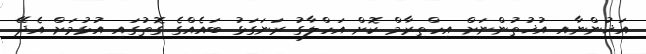
އަޚުންނާއި އުޚުތުންނަށް އިހްތިރާމް ކޮށް އަހްލާގު ރަނަގަޅު ބައެއްގެ ގޮތުގައި އުޅުމަށް އެދޭ